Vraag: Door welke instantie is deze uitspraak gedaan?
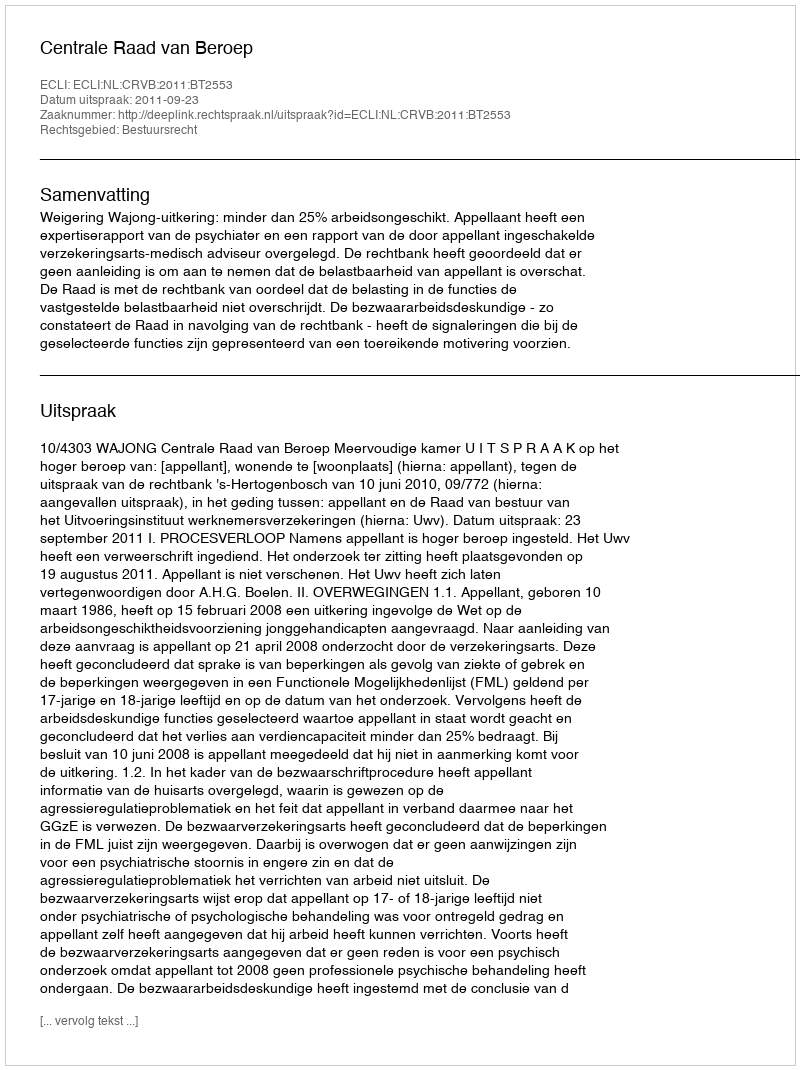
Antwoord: Centrale Raad van Beroep